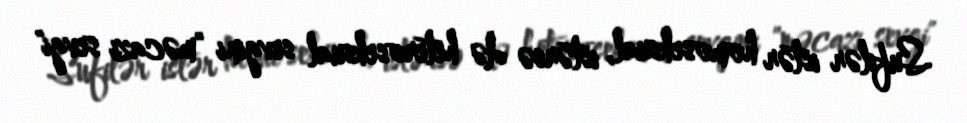
Sufilər istər homoseksual, istərsə də heteroseksual sevgini "məcazi sevgi"